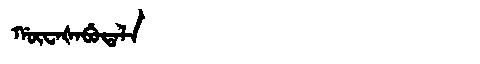
Manchu: ᡤᡡᠸᠠᡧᠠᠪᡠᡨᠠᠯᠠ
Romanization: GŪWAŠABUTALA